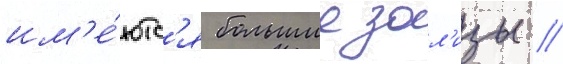
им'е́ютс'я большие зал'изы //